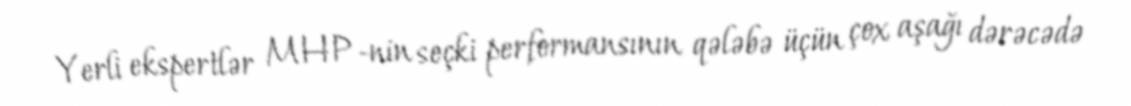
Yerli ekspertlər MHP-nin seçki performansının qələbə üçün çox aşağı dərəcədə